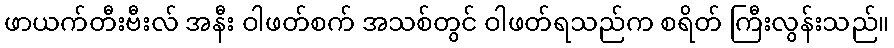
ဖာယက်တီးဗီးလ် အနီး ဝါဖတ်စက် အသစ်တွင် ဝါဖတ်ရသည်က စရိတ် ကြီးလွန်းသည်။